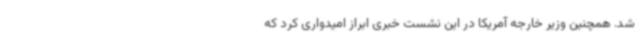
شد. همچنین وزیر خارجه آمریکا در این نشست خبری ابراز امیدواری کرد که